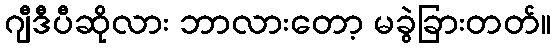
ဂျီဒီပီဆိုလား ဘာလားတော့ မခွဲခြားတတ်။